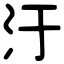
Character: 汙